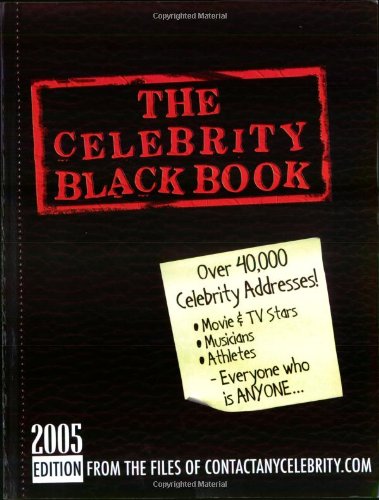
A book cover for The Celebrity Black Book: Over 40,000 Celebrity Addresses; Jordan McAuley; Crafts, Hobbies & Home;